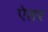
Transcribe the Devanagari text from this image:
ऐतर